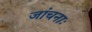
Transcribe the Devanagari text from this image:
जांचनाः